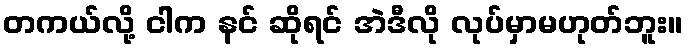
တကယ်လို့ ငါက နင် ဆိုရင် အဲဒီလို လုပ်မှာမဟုတ်ဘူး။